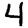
Digit: 4